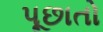
પૂછાતો